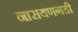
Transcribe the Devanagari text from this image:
नारायणगडी